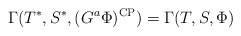
\begin{align*}\Gamma(T^*,S^*,(G^{a}\Phi)^{\rm CP}) = \Gamma(T,S,\Phi)\end{align*}